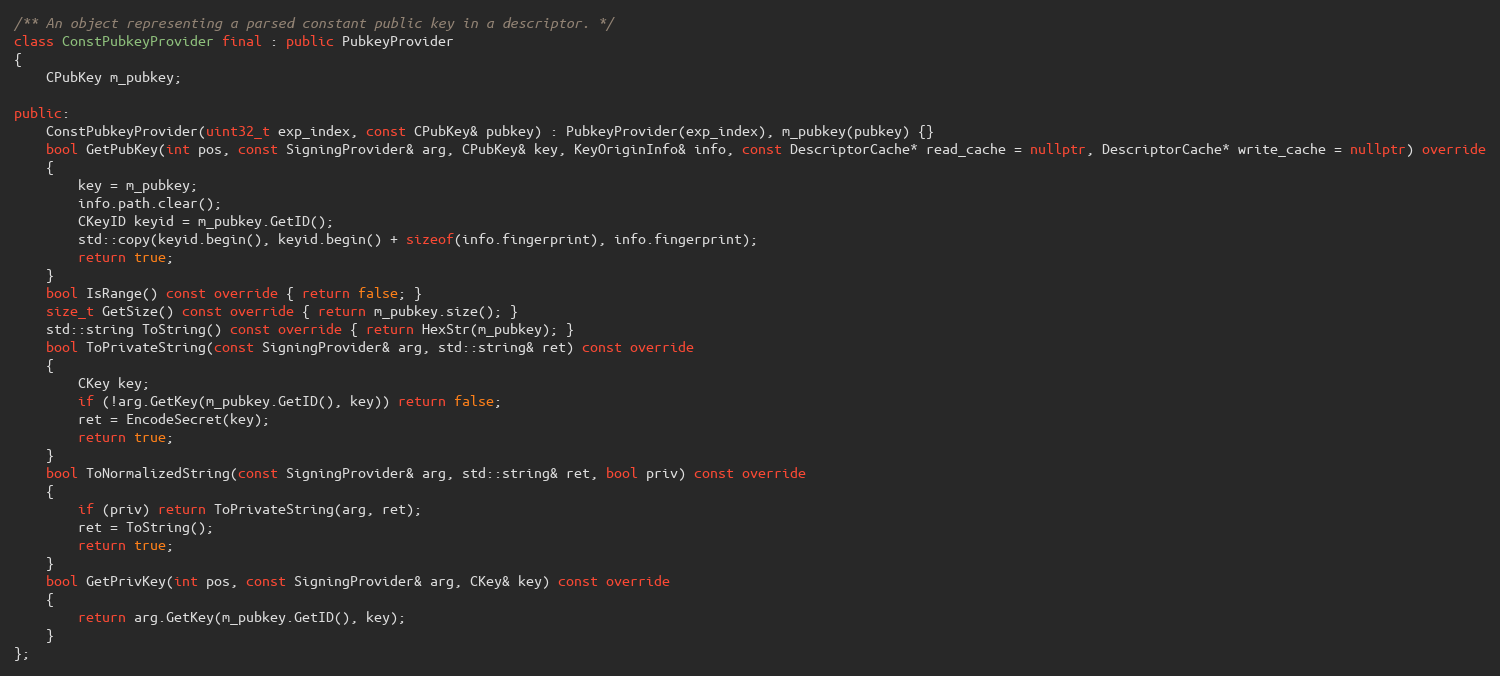
Language: C++
/** An object representing a parsed constant public key in a descriptor. */
class ConstPubkeyProvider final : public PubkeyProvider
{
    CPubKey m_pubkey;

public:
    ConstPubkeyProvider(uint32_t exp_index, const CPubKey& pubkey) : PubkeyProvider(exp_index), m_pubkey(pubkey) {}
    bool GetPubKey(int pos, const SigningProvider& arg, CPubKey& key, KeyOriginInfo& info, const DescriptorCache* read_cache = nullptr, DescriptorCache* write_cache = nullptr) override
    {
        key = m_pubkey;
        info.path.clear();
        CKeyID keyid = m_pubkey.GetID();
        std::copy(keyid.begin(), keyid.begin() + sizeof(info.fingerprint), info.fingerprint);
        return true;
    }
    bool IsRange() const override { return false; }
    size_t GetSize() const override { return m_pubkey.size(); }
    std::string ToString() const override { return HexStr(m_pubkey); }
    bool ToPrivateString(const SigningProvider& arg, std::string& ret) const override
    {
        CKey key;
        if (!arg.GetKey(m_pubkey.GetID(), key)) return false;
        ret = EncodeSecret(key);
        return true;
    }
    bool ToNormalizedString(const SigningProvider& arg, std::string& ret, bool priv) const override
    {
        if (priv) return ToPrivateString(arg, ret);
        ret = ToString();
        return true;
    }
    bool GetPrivKey(int pos, const SigningProvider& arg, CKey& key) const override
    {
        return arg.GetKey(m_pubkey.GetID(), key);
    }
};